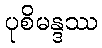
ပုစိမန္ဒဿ